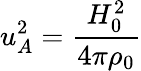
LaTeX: u_{A}^{2}=\frac{H_{0}^{2}}{4\pi\rho_{0}}